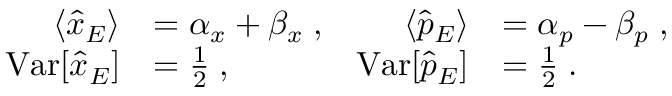
\begin{array} { r l r l } { \langle \hat { x } _ { E } \rangle } & { = \alpha _ { x } + \beta _ { x } \; , } & { \langle \hat { p } _ { E } \rangle } & { = \alpha _ { p } - \beta _ { p } \; , } \\ { \mathrm { V a r } [ \hat { x } _ { E } ] } & { = \frac { 1 } { 2 } \; , } & { \mathrm { V a r } [ \hat { p } _ { E } ] } & { = \frac { 1 } { 2 } \; . } \end{array}